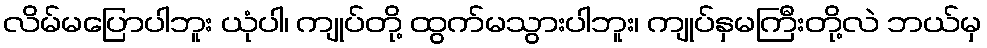
လိမ်မပြောပါဘူး ယုံပါ၊ ကျုပ်တို့ ထွက်မသွားပါဘူး၊ ကျုပ်နှမကြီးတို့လဲ ဘယ်မှ